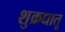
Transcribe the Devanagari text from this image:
शुक्रधातू